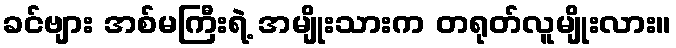
ခင်ဗျား အစ်မကြီးရဲ့ အမျိုးသားက တရုတ်လူမျိုးလား။